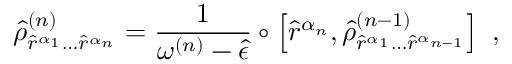
\hat { \rho } _ { \hat { r } ^ { \alpha _ { 1 } } \hdots \hat { r } ^ { \alpha _ { n } } } ^ { ( n ) } = \frac { 1 } { \omega ^ { ( n ) } - \hat { \epsilon } } \circ \left[ \hat { r } ^ { \alpha _ { n } } , \hat { \rho } _ { \hat { r } ^ { \alpha _ { 1 } } \hdots \hat { r } ^ { \alpha _ { n - 1 } } } ^ { ( n - 1 ) } \right] \mathrm { ~ , ~ }